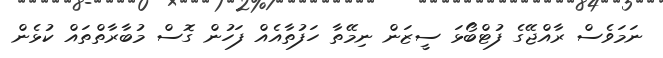
ނަމަވެސް ރާއްޖޭގެ ފުޓްބޯޅަ ސީޒަން ނިމޭތާ ހަފުތާއެއް ފަހުން ގޮސް މުބާރާތްތައް ކުޅެން